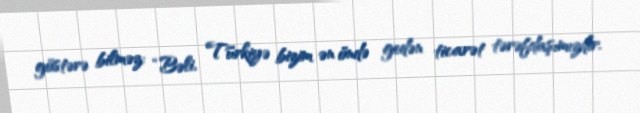
göstərə bilməz: “Bəli, Türkiyə bizim ən öndə gedən ticarət tərəfdaşımızdır.